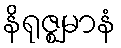
နိရုဇ္ဈမာနံ